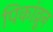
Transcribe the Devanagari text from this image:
पिकांव्रून